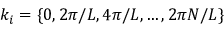
k _ { i } = \{ 0 , 2 \pi / L , 4 \pi / L , \ldots , 2 \pi N / L \}